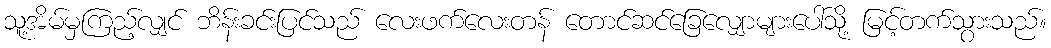
သူ့အိမ်မှကြည့်လျှင် ဘိန်းခင်းပြင်သည် လေးဖက်လေးတန် တောင်ဆင်ခြေလျှောများပေါ်သို့ မြင့်တက်သွားသည်။